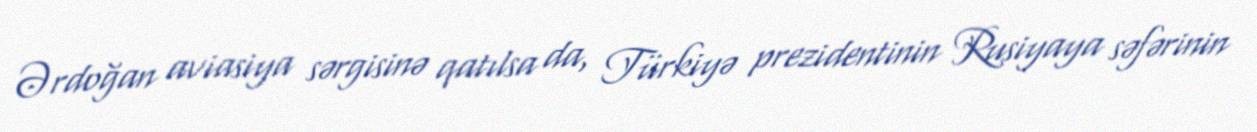
Ərdoğan aviasiya sərgisinə qatılsa da, Türkiyə prezidentinin Rusiyaya səfərinin